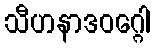
သီဟနာဒဝဂ္ဂေါ